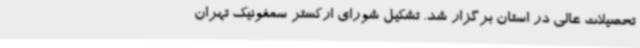
تحصیلات عالی در استان برگزار شد. تشکیل شورای ارکستر سمفونیک تهران